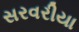
સરવરીયા